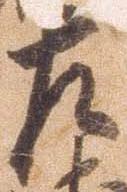
左